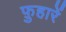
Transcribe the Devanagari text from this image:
फ़ुहारें